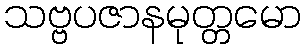
သဗ္ဗပဇာနမုတ္တမော